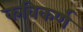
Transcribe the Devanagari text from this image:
कविकर्ण